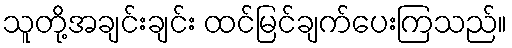
သူတို့အချင်းချင်း ထင်မြင်ချက်ပေးကြသည်။